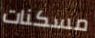
مسكنات